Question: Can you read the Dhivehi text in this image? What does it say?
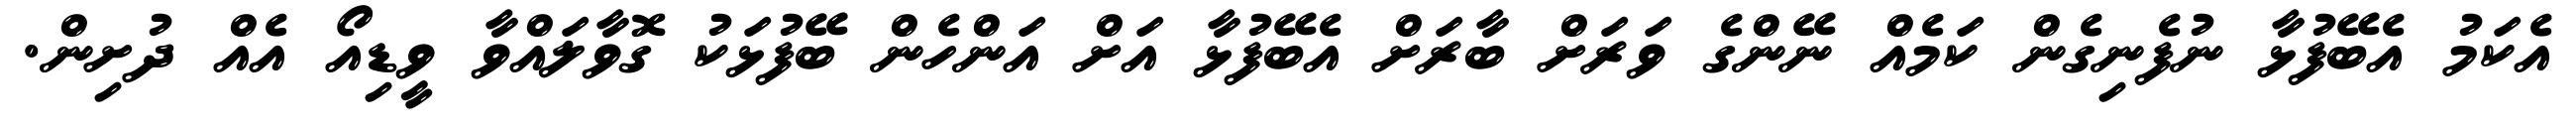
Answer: އެކަމު އެބޭފުޅާ ނުފެނިގެން ކަމެއް ނޭންގެ ވަރަށް ބާރަށް އެބޭފުޅާ އަށް އަންހެން ބޭފުޅަކު ގޮވާލައްވާ ވީޑިއޯ އެއް ދުށިން.